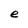
Character: e